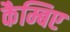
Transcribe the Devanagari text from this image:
कैम्बिए